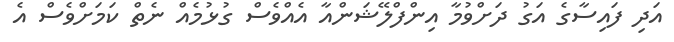
އަދި ފައިސާގެ އަގު ދަށްވުމާ އިންފްލޭޝަންއާ އެއްވެސް ގުޅުމެއް ނެތް ކަމަށްވެސް އެ